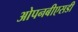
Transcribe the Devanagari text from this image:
ओपनबीएसडी